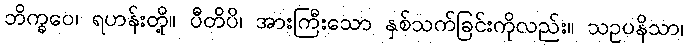
ဘိက္ခဝေ၊ ရဟန်းတို့။ ပီတိပိ၊ အားကြီးသော နှစ်သက်ခြင်းကိုလည်း။ သဥပနိသာ၊